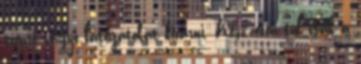
szépre vágyó látogatókat kizárni. Kész, ezen túl csak a